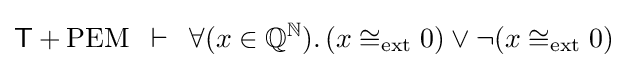
{\mathsf {T}}+{\mathrm {PEM} }\,\,\,\vdash \,\,\,\forall (x\in {\mathbb {Q} }^{\mathbb {N} }).\,(x\cong _{\mathrm {ext} }0)\lor \neg (x\cong _{\mathrm {ext} }0)